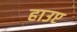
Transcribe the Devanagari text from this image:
हाउप्ट